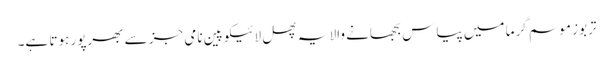
تربوز موسم گرما میں پیاس بجھانے والا یہ پھل لائیکوپین نامی جز سے بھرپور ہوتا ہے۔